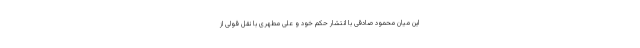
این میان محمود صادقی با انتشار حکم خود و علی مطهری با نقل قولی از